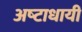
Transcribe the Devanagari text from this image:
अष्‍टाधायी